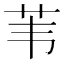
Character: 苇